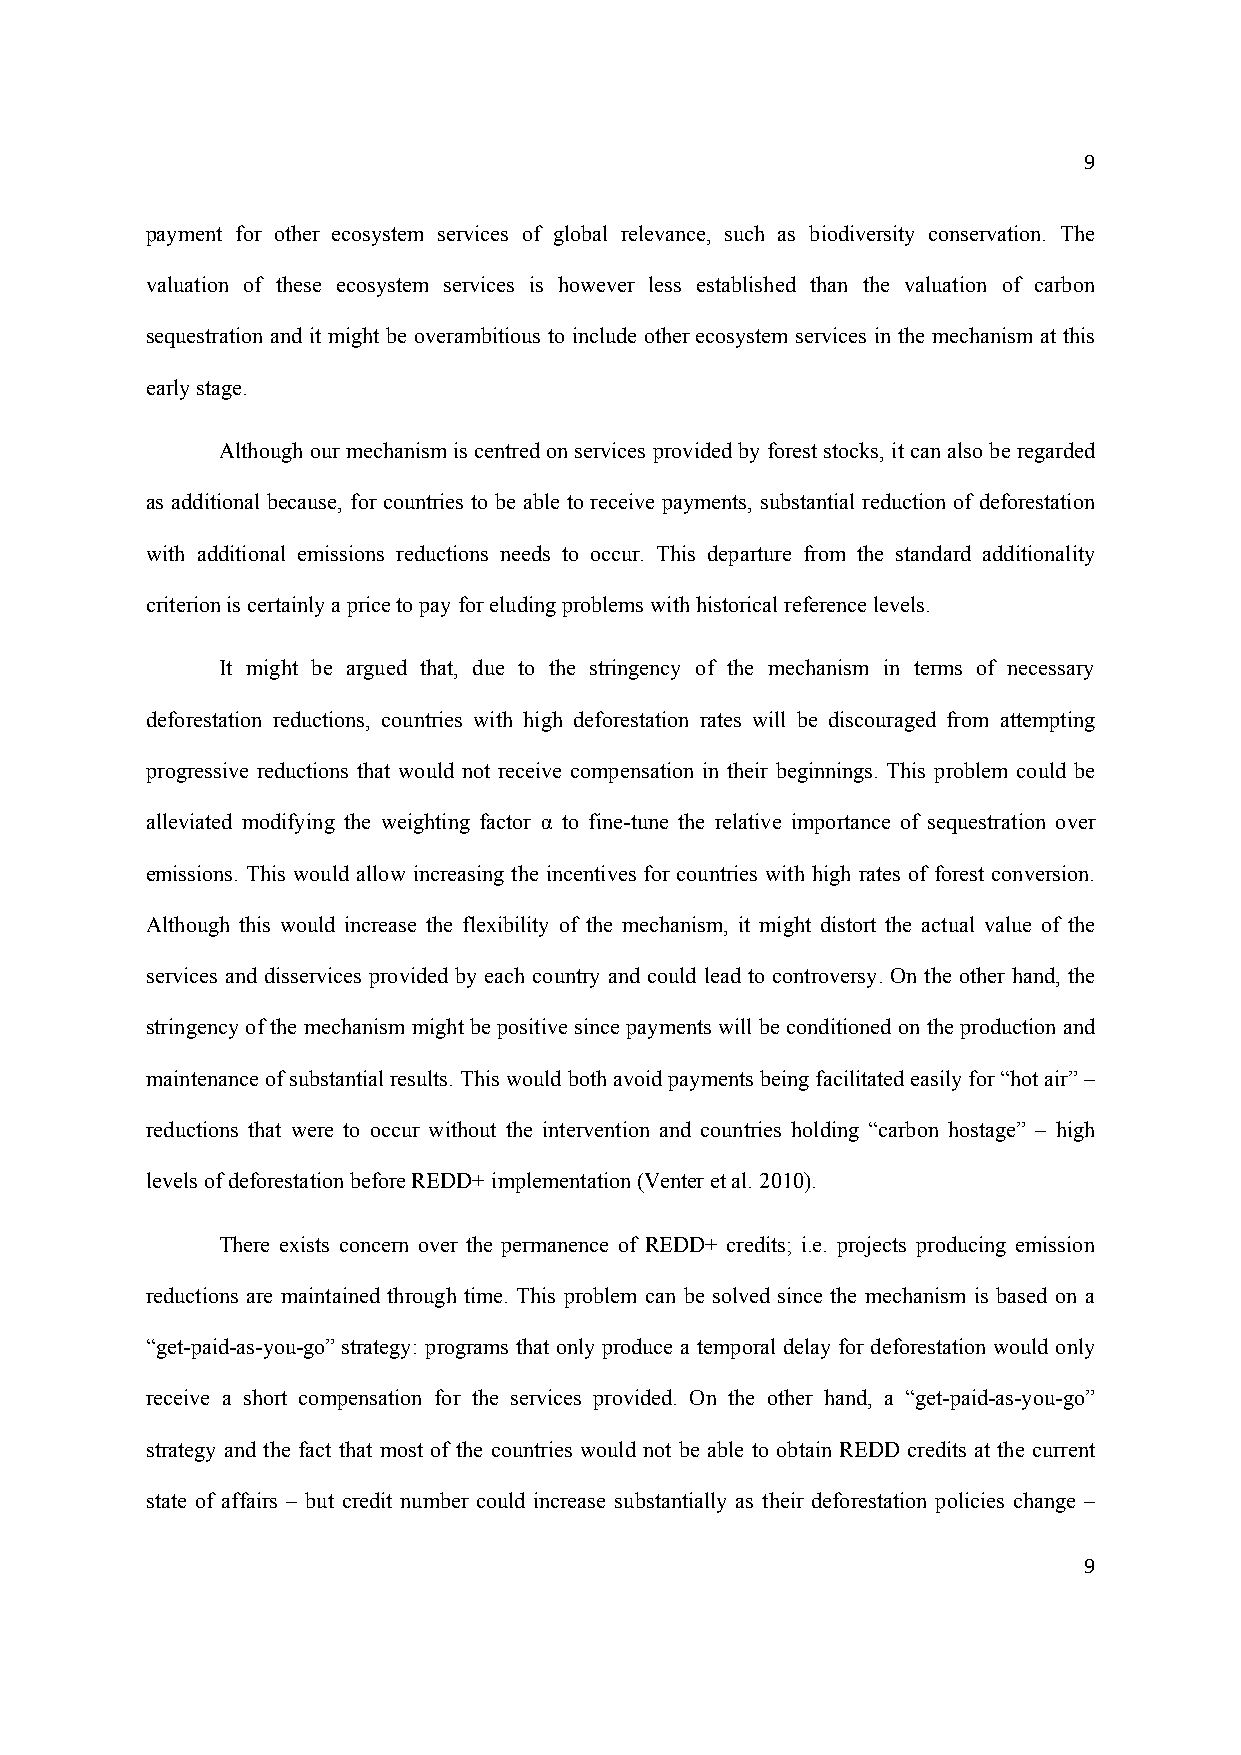
9
 payment for other ecosystem services of global relevance, such as biodiversity conservation. The
 valuation of these ecosystem services is however less established than the valuation of carbon
 sequestration and it might be overambitious to include other ecosystem services in the mechanism at this
 early stage.
 Although our mechanism is centred on services provided by forest stocks, it can also be regarded
 as additional because, for countries to be able to receive payments, substantial reduction of deforestation
 with additional emissions reductions needs to occur. This departure from the standard additionality
 criterion is certainly a price to pay for eluding problems with historical reference levels.
 It might be argued that, due to the stringency of the mechanism in terms of necessary
 deforestation reductions, countries with high deforestation rates will be discouraged from attempting
 progressive reductions that would not receive compensation in their beginnings. This problem could be
 alleviated modifying the weighting factor α to fine-tune the relative importance of sequestration over
 emissions. This would allow increasing the incentives for countries with high rates of forest conversion.
 Although this would increase the flexibility of the mechanism, it might distort the actual value of the
 services and disservices provided by each country and could lead to controversy. On the other hand, the
 stringency of the mechanism might be positive since payments will be conditioned on the production and
 maintenance of substantial results. This would both avoid payments being facilitated easily for “hot air” –
 reductions that were to occur without the intervention and countries holding “carbon hostage” – high
 levels of deforestation before REDD+ implementation (Venter et al. 2010).
 There exists concern over the permanence of REDD+ credits; i.e. projects producing emission
 reductions are maintained through time. This problem can be solved since the mechanism is based on a
 “get-paid-as-you-go” strategy: programs that only produce a temporal delay for deforestation would only
 receive a short compensation for the services provided. On the other hand, a “get-paid-as-you-go”
 strategy and the fact that most of the countries would not be able to obtain REDD credits at the current
 state of affairs – but credit number could increase substantially as their deforestation policies change –
 9